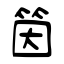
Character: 筃